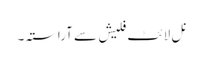
نل لائٹ فلیش سے آراستہ۔